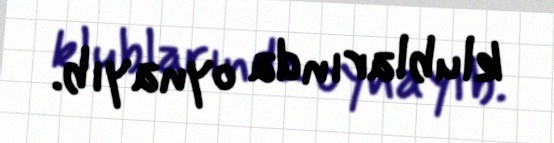
klublarında oynayıb.